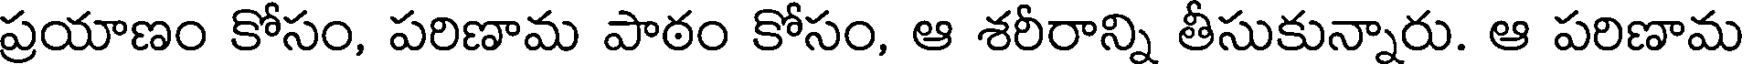
ప్రయాణం కోసం, పరిణామ పాఠం కోసం, ఆ శరీరాన్ని తీసుకున్నారు. ఆ పరిణామ